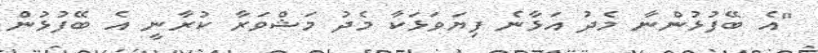
"އެ ބޭފުޅުންނާ މެދު އަޅާނެ ފިޔަވަޅަކާ މެދު މަޝްވަރާ ކުރާނީ އެ ބޭފުޅުން